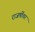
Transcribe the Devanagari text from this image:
राजर्षीवर